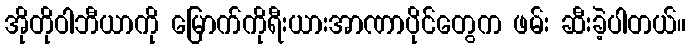
အိုတိုဝါဘီယာကို မြောက်ကိုရီးယားအာဏာပိုင်တွေက ဖမ်း ဆီးခဲ့ပါတယ်။